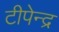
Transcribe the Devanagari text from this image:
टीपेन्द्र